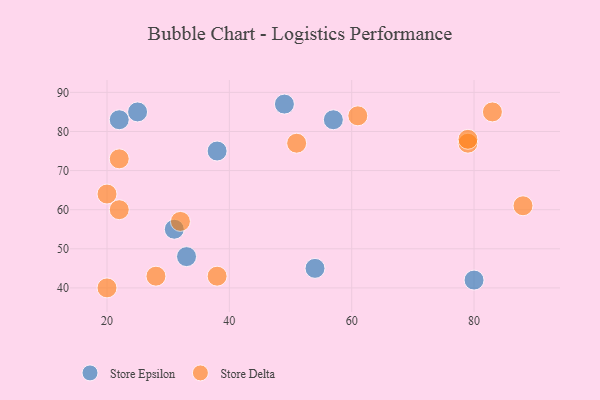
{"axis": {"x": "GDP", "y": "Life Expectancy"}, "legend": ["Store Delta", "Store Epsilon"], "data": [{"x": "33", "y": 48, "type": "Store Epsilon"}, {"x": "22", "y": 83, "type": "Store Epsilon"}, {"x": "57", "y": 83, "type": "Store Epsilon"}, {"x": "54", "y": 45, "type": "Store Epsilon"}, {"x": "25", "y": 85, "type": "Store Epsilon"}, {"x": "31", "y": 55, "type": "Store Epsilon"}, {"x": "49", "y": 87, "type": "Store Epsilon"}, {"x": "80", "y": 42, "type": "Store Epsilon"}, {"x": "38", "y": 75, "type": "Store Epsilon"}, {"x": "88", "y": 61, "type": "Store Delta"}, {"x": "79", "y": 77, "type": "Store Delta"}, {"x": "61", "y": 84, "type": "Store Delta"}, {"x": "28", "y": 43, "type": "Store Delta"}, {"x": "38", "y": 43, "type": "Store Delta"}, {"x": "79", "y": 78, "type": "Store Delta"}, {"x": "51", "y": 77, "type": "Store Delta"}, {"x": "20", "y": 40, "type": "Store Delta"}, {"x": "20", "y": 64, "type": "Store Delta"}, {"x": "22", "y": 73, "type": "Store Delta"}, {"x": "22", "y": 60, "type": "Store Delta"}, {"x": "83", "y": 85, "type": "Store Delta"}, {"x": "32", "y": 57, "type": "Store Delta"}]}